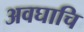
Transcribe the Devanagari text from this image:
अवघाचि